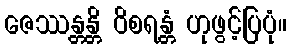
ဇေဿန္တန္တိ ဝိစရန္တံ ဟုဖွင့်ပြပုံ။